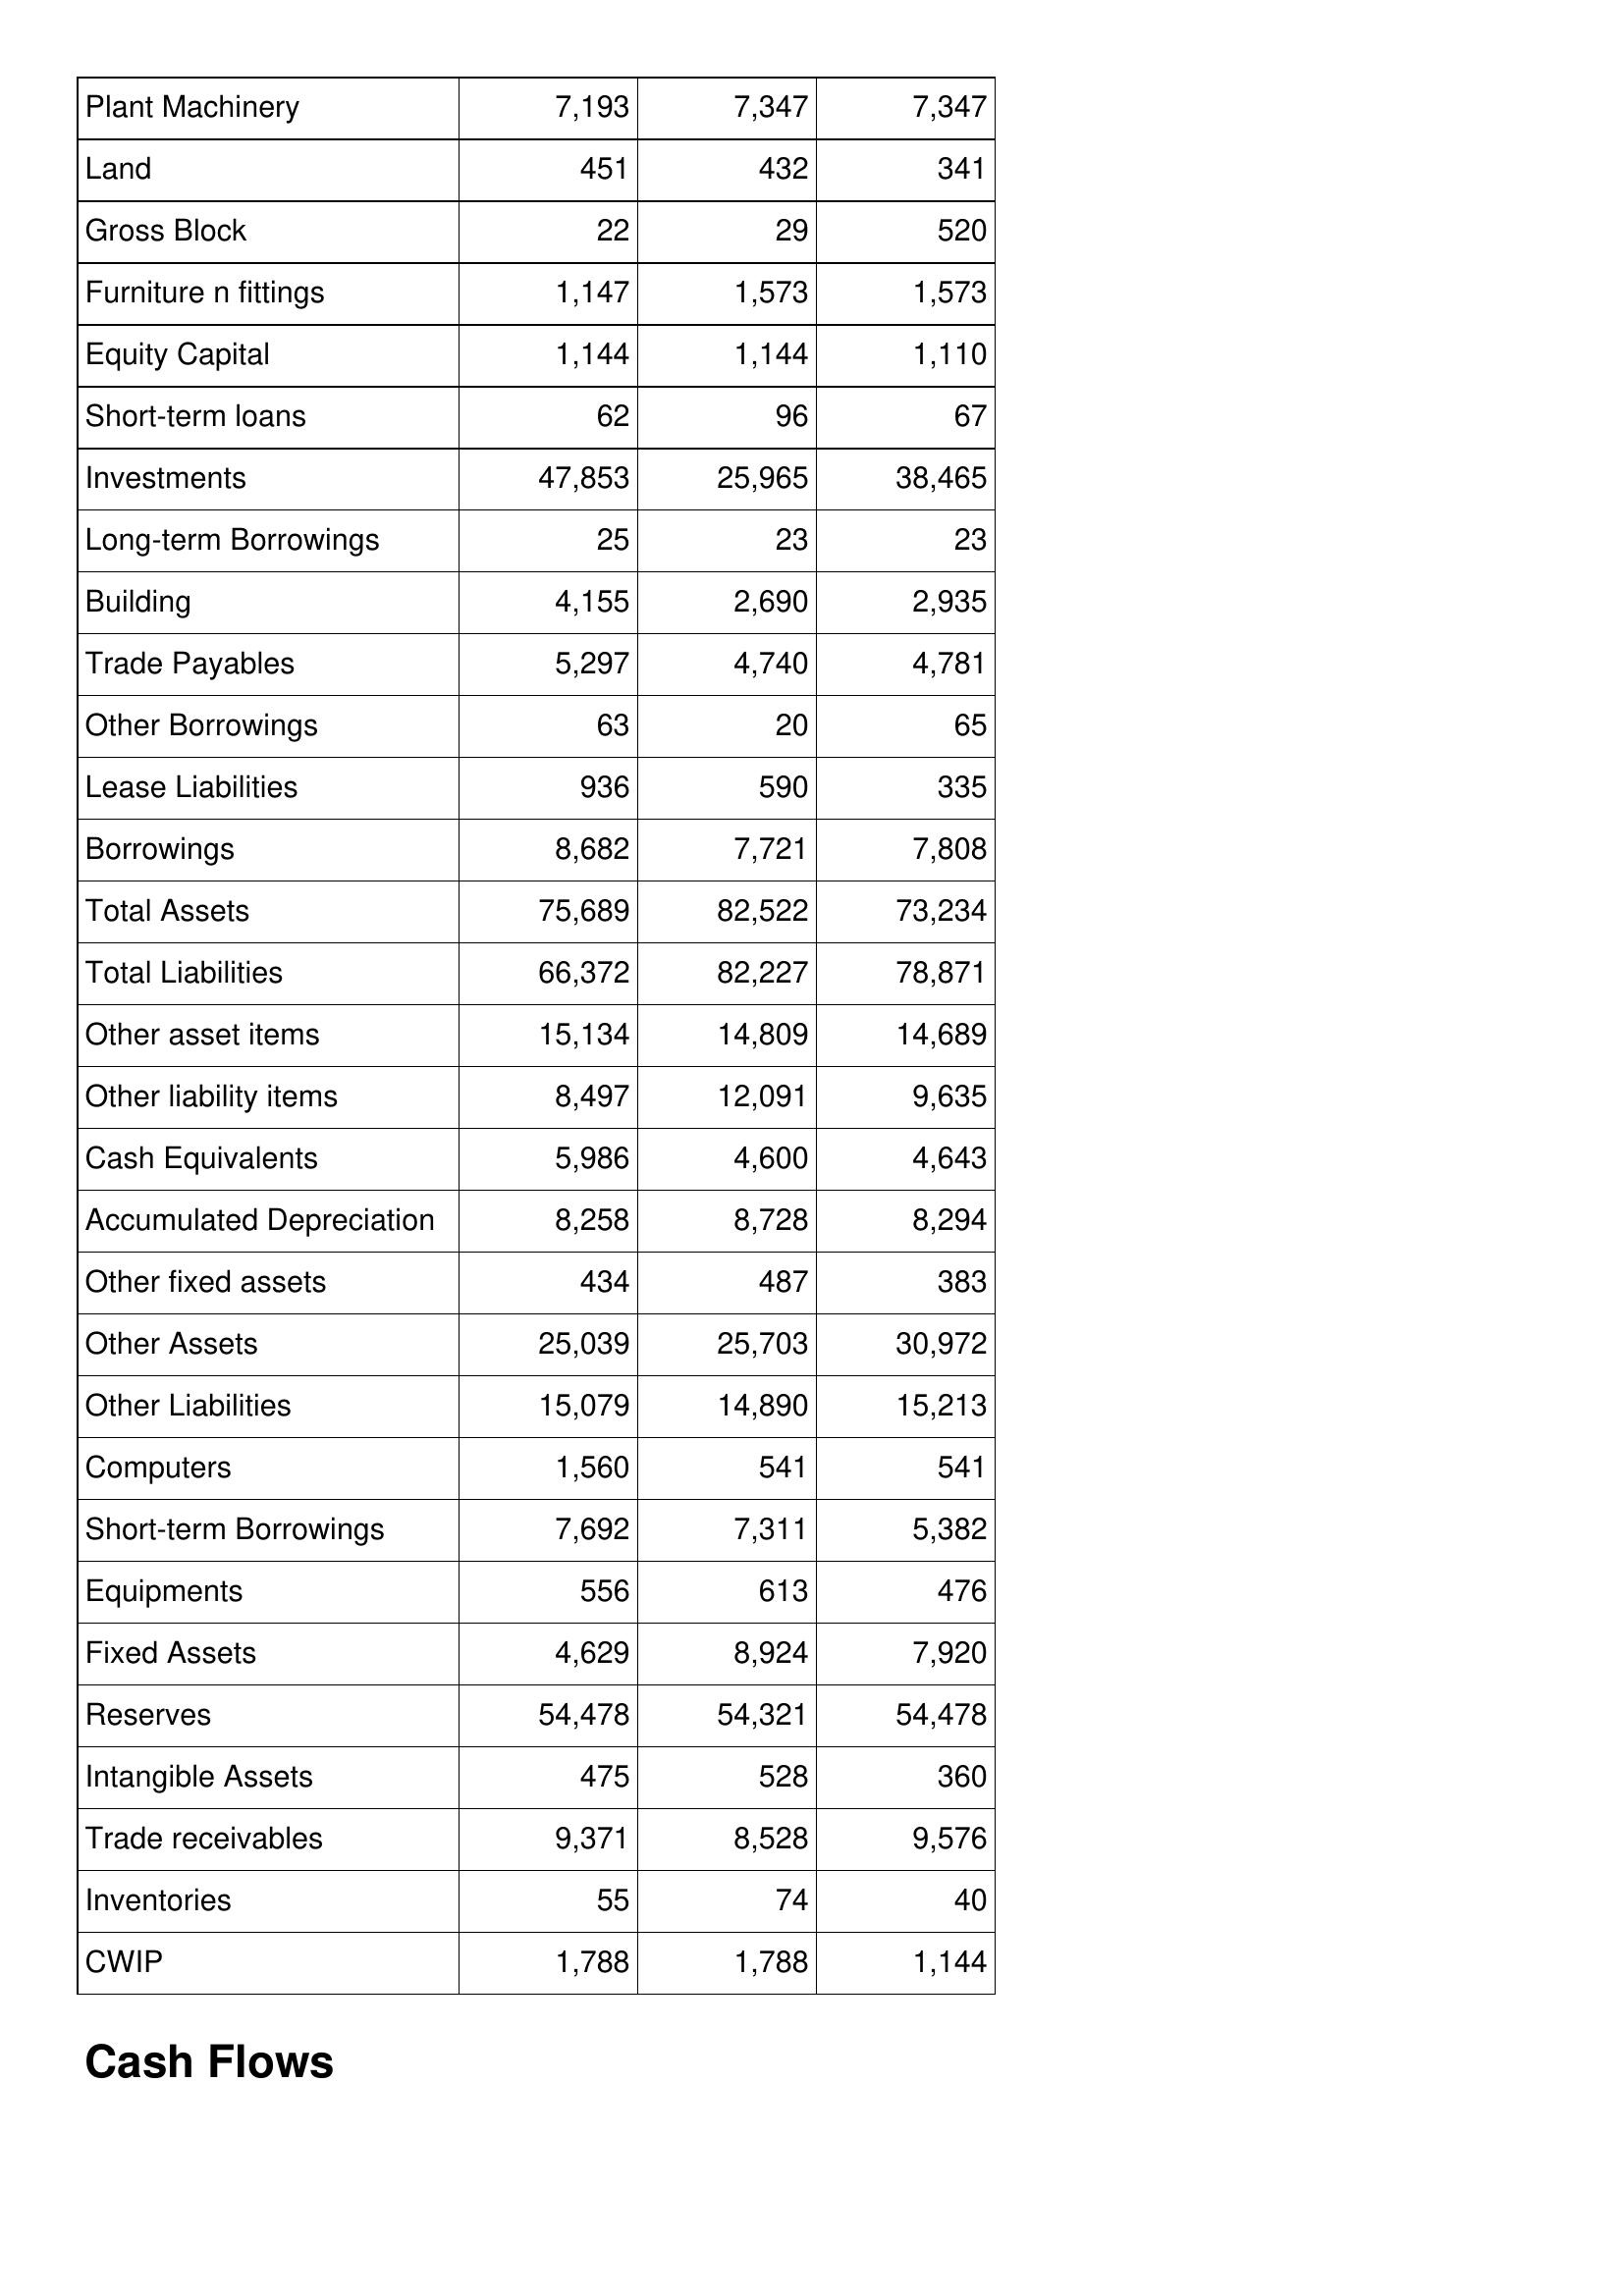
Apr-99: Balance Sheet: Plant Machinery: 7,193
Land: 451
Gross Block: 22
Furniture n fittings: 1,147
Equity Capital: 1,144
Short-term loans: 62
Investments: 47,853
Long-term Borrowings: 25
Building: 4,155
Trade Payables: 5,297
Other Borrowings: 63
Lease Liabilities: 936
Borrowings: 8,682
Total Assets: 75,689
Total Liabilities: 66,372
Other asset items: 15,134
Other liability items: 8,497
Cash Equivalents: 5,986
Accumulated Depreciation: 8,258
Other fixed assets: 434
Other Assets: 25,039
Other Liabilities: 15,079
Computers: 1,560
Short-term Borrowings: 7,692
Equipments: 556
Fixed Assets: 4,629
Reserves: 54,478
Intangible Assets: 475
Trade receivables: 9,371
Inventories: 55
CWIP: 1,788
Apr-98: Balance Sheet: Plant Machinery: 7,347
Land: 432
Gross Block: 29
Furniture n fittings: 1,573
Equity Capital: 1,144
Short-term loans: 96
Investments: 25,965
Long-term Borrowings: 23
Building: 2,690
Trade Payables: 4,740
Other Borrowings: 20
Lease Liabilities: 590
Borrowings: 7,721
Total Assets: 82,522
Total Liabilities: 82,227
Other asset items: 14,809
Other liability items: 12,091
Cash Equivalents: 4,600
Accumulated Depreciation: 8,728
Other fixed assets: 487
Other Assets: 25,703
Other Liabilities: 14,890
Computers: 541
Short-term Borrowings: 7,311
Equipments: 613
Fixed Assets: 8,924
Reserves: 54,321
Intangible Assets: 528
Trade receivables: 8,528
Inventories: 74
CWIP: 1,788
Apr-97: Balance Sheet: Plant Machinery: 7,347
Land: 341
Gross Block: 520
Furniture n fittings: 1,573
Equity Capital: 1,110
Short-term loans: 67
Investments: 38,465
Long-term Borrowings: 23
Building: 2,935
Trade Payables: 4,781
Other Borrowings: 65
Lease Liabilities: 335
Borrowings: 7,808
Total Assets: 73,234
Total Liabilities: 78,871
Other asset items: 14,689
Other liability items: 9,635
Cash Equivalents: 4,643
Accumulated Depreciation: 8,294
Other fixed assets: 383
Other Assets: 30,972
Other Liabilities: 15,213
Computers: 541
Short-term Borrowings: 5,382
Equipments: 476
Fixed Assets: 7,920
Reserves: 54,478
Intangible Assets: 360
Trade receivables: 9,576
Inventories: 40
CWIP: 1,144